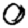
Digit: 0